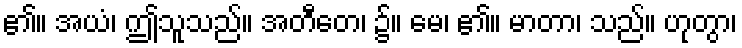
၏။ အယံ၊ ဤသူသည်။ အတီတေ၊ ၌။ မေ၊ ၏။ မာတာ၊ သည်။ ဟုတွာ၊